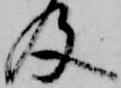
及